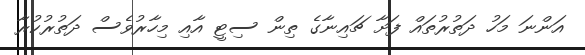
އަންނަ މަހު ދަތުރުތައް ފަށާ ޗައިނާގެ ތިން ސިޓީ އާއި މިހާރުވެސް ދަތުރުކުރާ